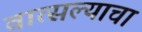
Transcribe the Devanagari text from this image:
वात्सल्याचा